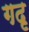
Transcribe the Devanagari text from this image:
गदृ